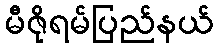
မီဇိုရမ်ပြည်နယ်